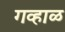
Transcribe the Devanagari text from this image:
गव्हाळ